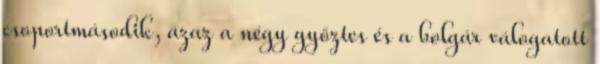
csoportmásodik, azaz a négy győztes és a bolgár válogatott